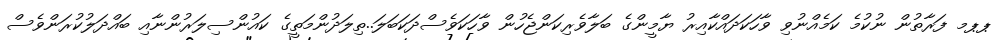
ޕޕމ ފަރާތުން ނުކުމެ ކަމެއްނުވި ވާހަކަދައްކާއިރު ޔާމީންގެ ބަލާވެރިކަންޖެހުން ވާހަކަވެސްދަކަބަލަ..ތިލަދުންމަތީގެ ކައުންސިލަރުންނާއި ބައްދަލުކުރަންވެސް